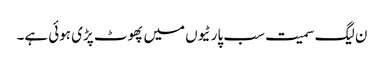
ن لیگ سمیت سب پارٹیوں میں پھوٹ پڑی ہوئی ہے۔